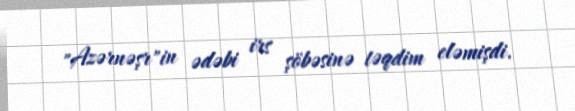
"Azərnəşr"in ədəbi irs şöbəsinə təqdim eləmişdi.